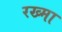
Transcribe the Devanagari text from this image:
रख्मा